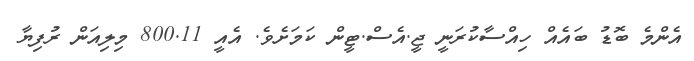
އެންމެ ބޮޑު ބައެއް ހިއްސާކުރަނީ ޖީ.އެސް.ޓީން ކަމަށެވެ. އެއީ 800.11 މިލިއަން ރުފިޔާ